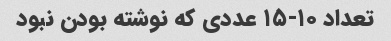
تعداد ۱۰-۱۵ عددی که نوشته بودن نبود